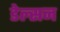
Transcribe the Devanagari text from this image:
डेल्सन